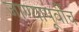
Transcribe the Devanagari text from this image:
जाण्यापूर्वीच